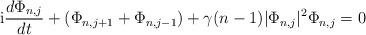
LaTeX: \begin{align*}{\rm i}{d\Phi_{n,j}\over dt} + (\Phi_{n,j+1} + \Phi_{n,j-1}) + \gamma(n-1)|\Phi_{n,j}|\sp 2\Phi_{n,j}=0 \end{align*}